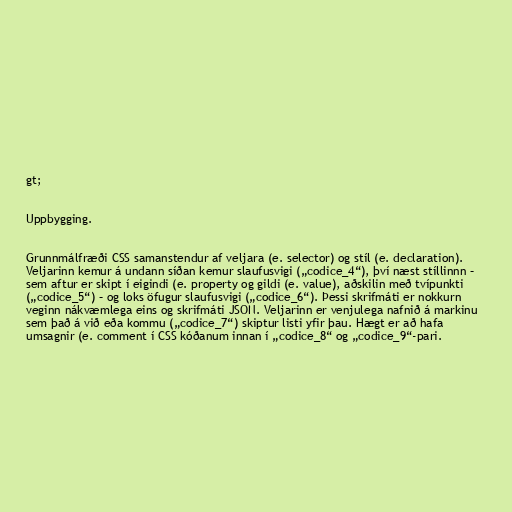
gt;

Uppbygging.

Grunnmálfræði CSS samanstendur af veljara (e. selector) og stíl (e. declaration).
Veljarinn kemur á undann síðan kemur slaufusvigi („codice_4“), því næst stíllinnn –
sem aftur er skipt í eigindi (e. property og gildi (e. value), aðskilin með tvípunkti
(„codice_5“) – og loks öfugur slaufusvigi („codice_6“). Þessi skrifmáti er nokkurn
veginn nákvæmlega eins og skrifmáti JSON. Veljarinn er venjulega nafnið á markinu
sem það á við eða kommu („codice_7“) skiptur listi yfir þau. Hægt er að hafa
umsagnir (e. comment í CSS kóðanum innan í „codice_8“ og „codice_9“-pari.